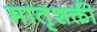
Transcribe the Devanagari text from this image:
मातृशक्ती